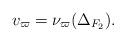
LaTeX: \begin{align*}v_\varpi = \nu_{\varpi}(\Delta_{F_2}).\end{align*}